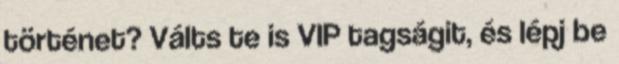
történet? Válts te is VIP tagságit, és lépj be